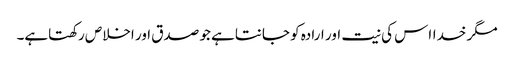
مگر خدااس کی نیت اور ارادہ کو جانتاہے جو صدق اور اخلاص رکھتاہے۔